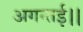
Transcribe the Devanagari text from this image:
अगन्‍तई।।